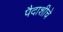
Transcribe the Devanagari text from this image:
पैदाशीचे